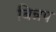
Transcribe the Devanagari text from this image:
बिन्नप